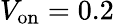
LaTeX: V_{\mathrm{on}}=0.2